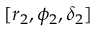
[ r _ { 2 } , \phi _ { 2 } , \delta _ { 2 } ]